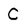
Character: C